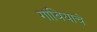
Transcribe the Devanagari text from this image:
गांबियाचे